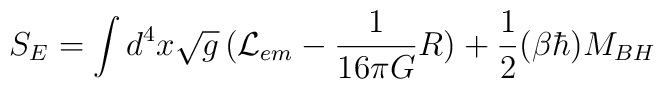
S_{E} = \int d^{4}x \sqrt{g}\, ({\cal L}_{em} - {1\over 16\pi G}R) + {1 \over 2} (\beta\hbar) M_{BH}